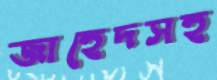
জাহেদসহ